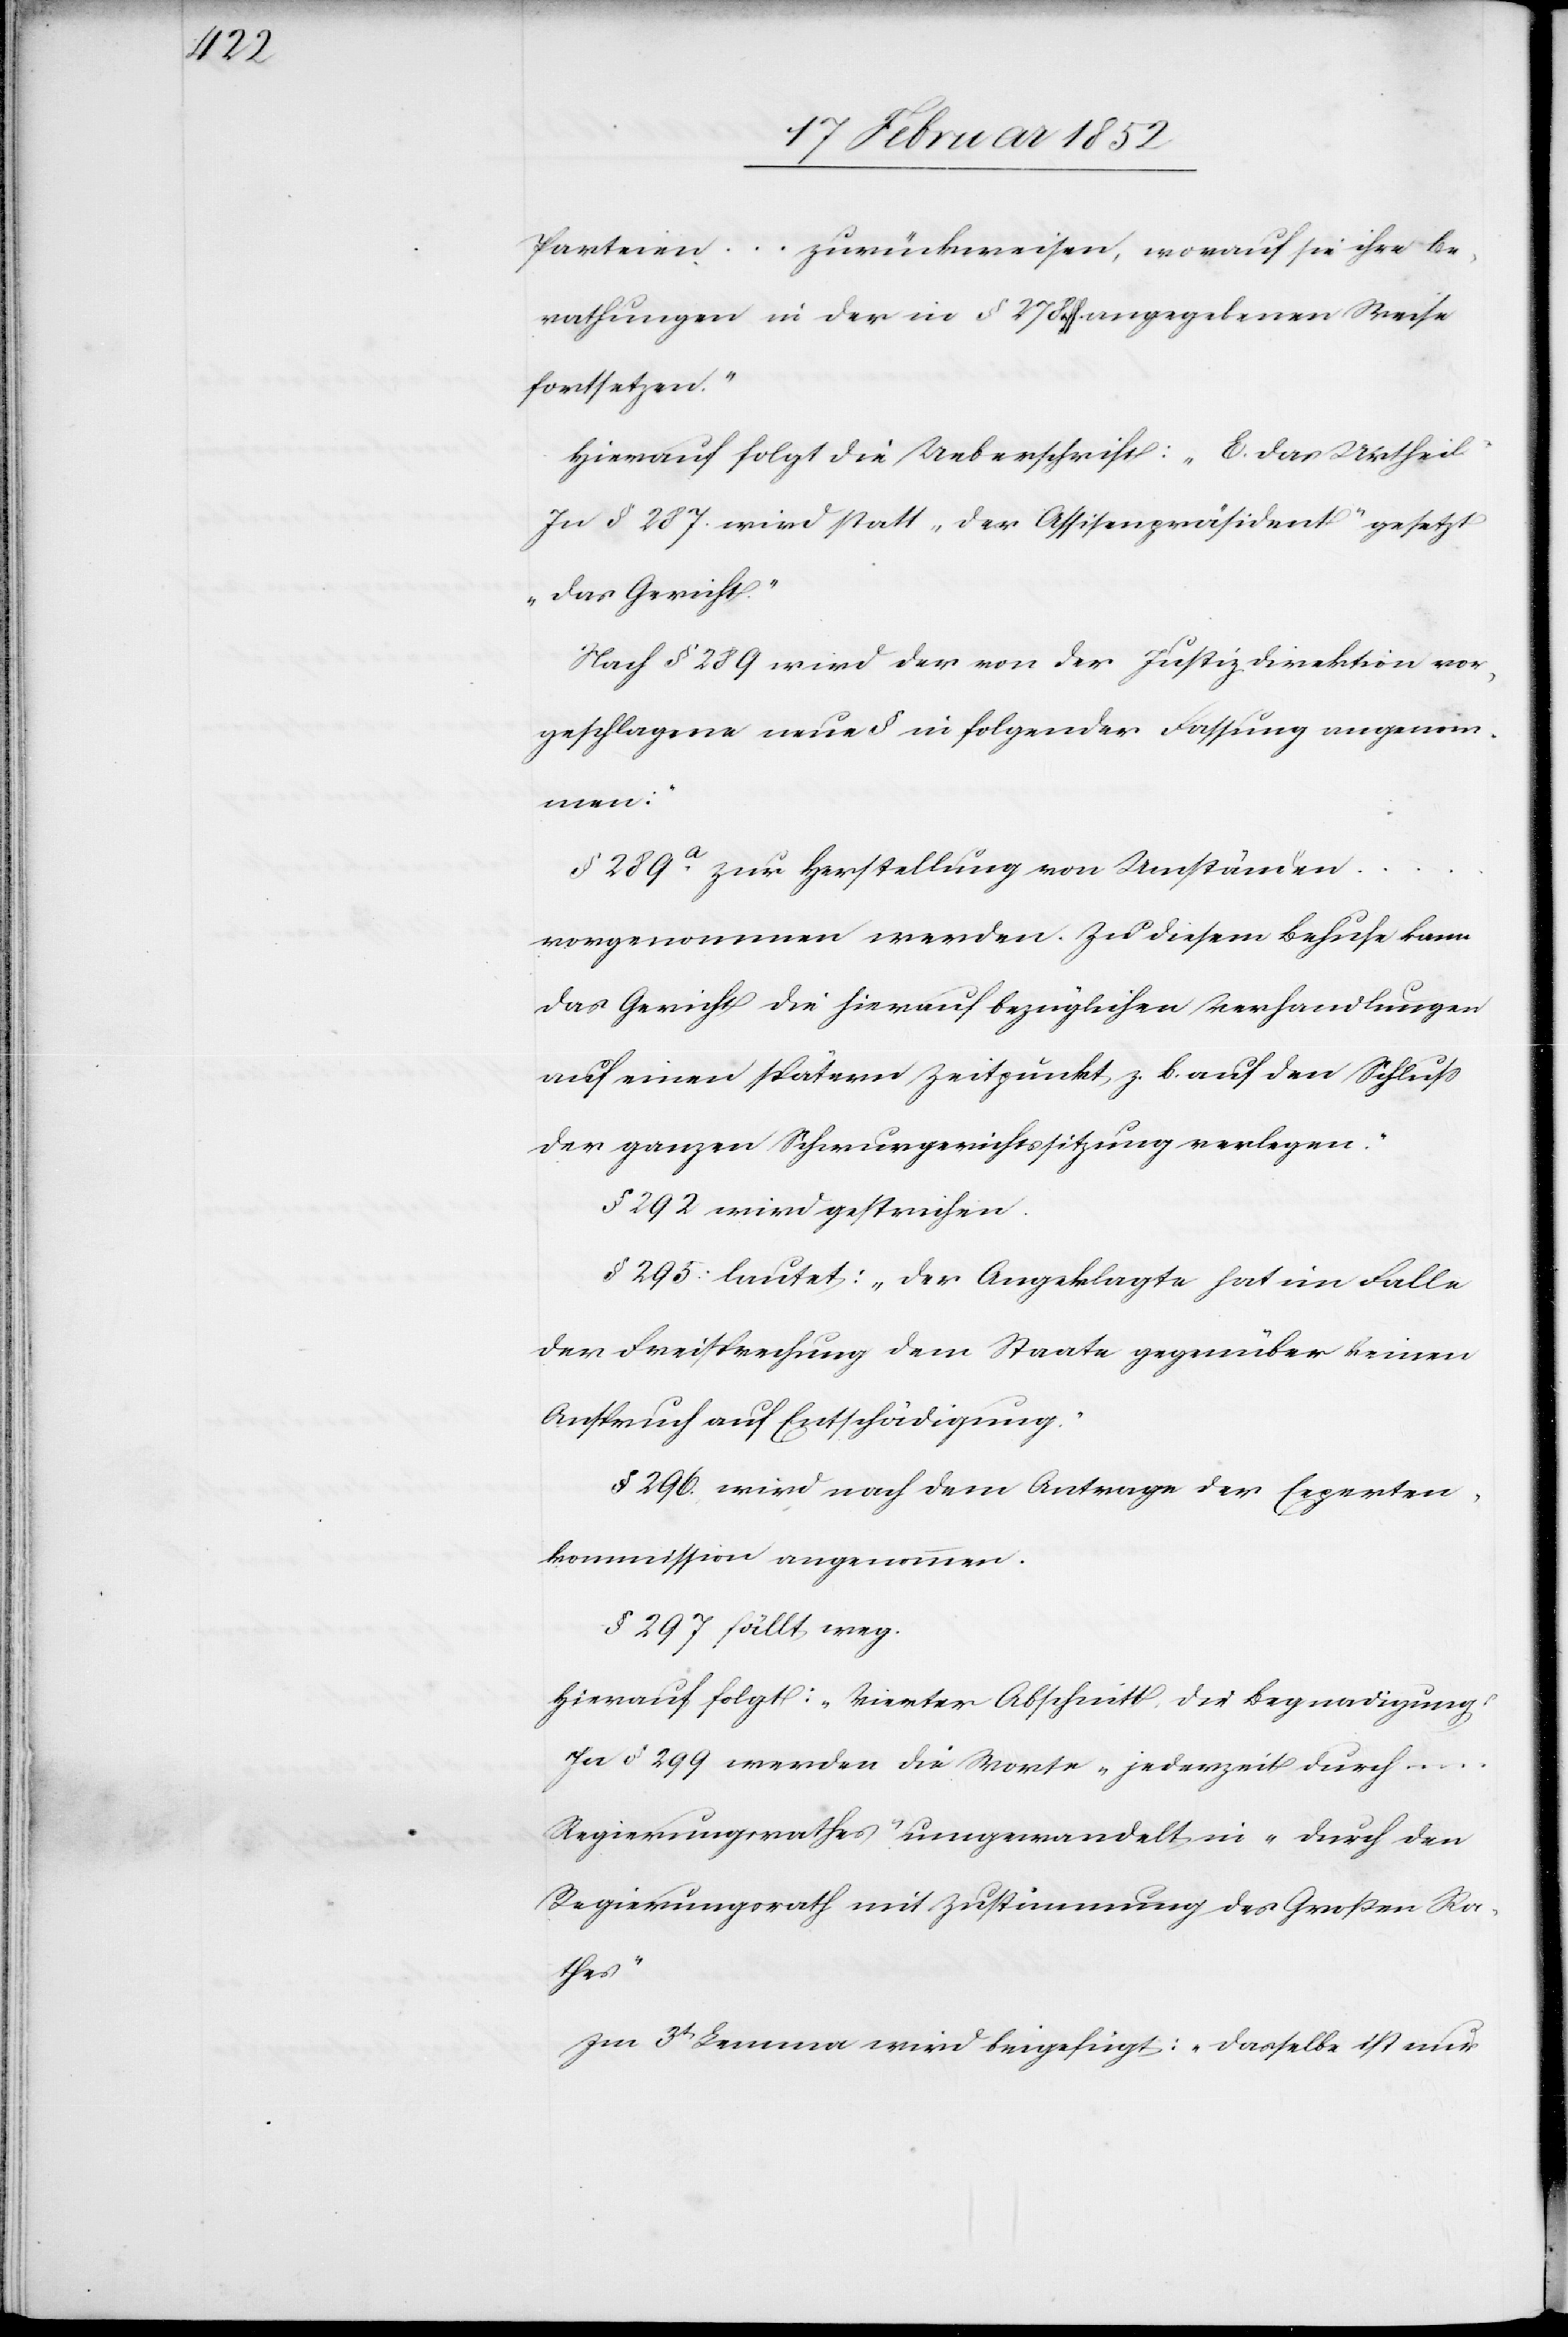
Parteien ... zurückweisen, worauf sie ihre Be¬
rathungen in der in § 278 ff. angegebenen Weise
fortsetzen.“
Hierauf folgt die Ueberschrift: „E. Das Urtheil“
In § 285. wird statt „der Assisenpräsident“ gesetzt
„das Gericht“
Nach § 289 wird der von der Justizdirektion vor¬
geschlagene neue § in folgender Fassung angenom¬
men:
§ 289a zur Herstellung von Umständen
vorgenommen werden. Zu diesem Behufe kann
das Gericht die hierauf bezüglichen Verhandlungen
auf einen spätern Zeitpunkt z. B. auf den Schluß
der ganzen Schwurgerichtssitzung verlegen.“
§ 292 wird gestrichen.
§ 295 lautet: „der Angeklagte hat im Falle
der Freisprechung dem Staate gegenüber keinen
Anspruch auf Entschädigung.“
§ 296. wird nach dem Antrage der Experten¬
kommission angenommen.
§ 297 fällt weg.
Hierauf folgt: „Vierter Abschnitt, die Begnadigung“
In § 299 werden die Worte „jederzeit durch
Regierungsrathes umgewandelt in „durch den
Regierungsrath mit Zustimmung des Großen Ra¬
thes“
Im 3t Lemma wird beigefügt: „Dasselbe ist nur